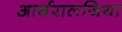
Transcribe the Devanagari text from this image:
आर्थरालजिया